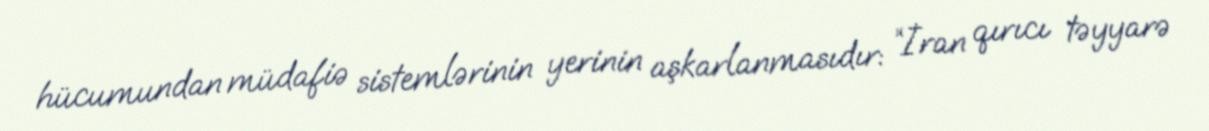
hücumundan müdafiə sistemlərinin yerinin aşkarlanmasıdır: “İran qırıcı təyyarə